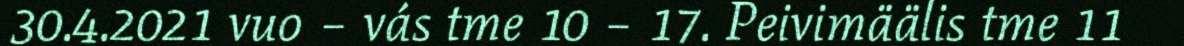
30.4.2021 vuo – vás tme 10 – 17. Peivimäälis tme 11